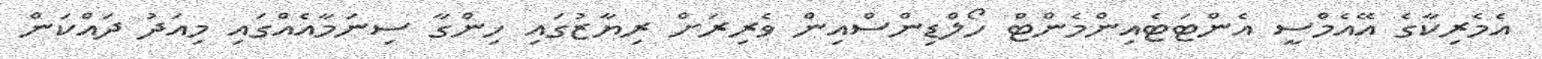
އެމެރިކާގެ އޭއެމްސީ އެންޓަޓެއިންމެންޓް ހޯލްޑިންސްއިން ވެރިރަށް ރިޔާޒުގައި ހިންގާ ސިނަމާއެއްގައި މިއަދު ދައްކަން